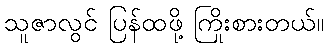
သူဇာလွင် ပြန်ထဖို့ ကြိုးစားတယ်။